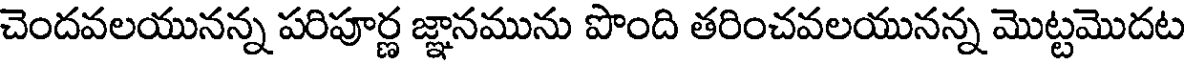
చెందవలయునన్న పరిపూర్ణ జ్ఞానమును పొంది తరించవలయునన్న మొట్టమొదట